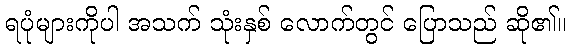
ရပုံများကိုပါ အသက် သုံးနှစ် လောက်တွင် ပြောသည် ဆို၏။